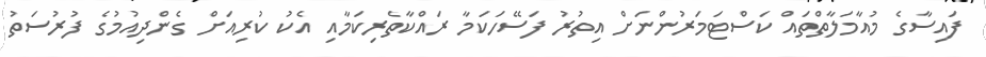
ފައިސާގެ މުއާމަލާތްތައް ކަސްޓަމަރުންނަށް އިތުރު ފަސޭހަކަމާ ރައްކާތެރިކަމާއި އެކު ކުރިއަށް ގެންދިއުމުގެ ފުރުސަތު